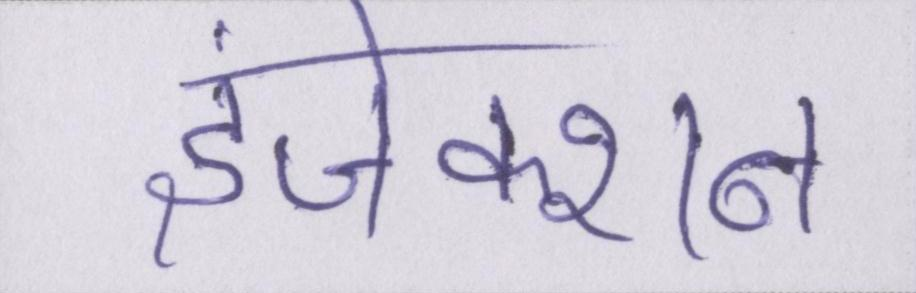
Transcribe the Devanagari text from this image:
इंजेक्शन